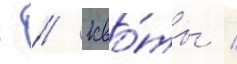
- // Кво́ты /